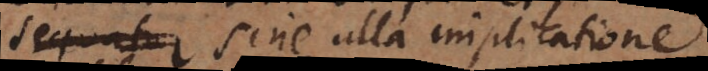
sequi sine ulla implicatione,